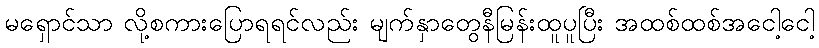
မရှောင်သာ လို့စကားပြောရရင်လည်း မျက်နှာတွေနီမြန်းထူပူပြီး အထစ်ထစ်အငေါ့ငေါ့